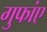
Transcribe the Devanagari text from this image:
गुफांए